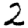
Digit: 2